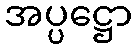
အပ္ပဋ္ဌော